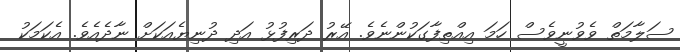
ސަލާމަތް ވެވުނީވެސް ހަމަ އިއްތިފާގަކުންނެވެ. އޭރު ދަރިފުޅު އަދި ދުނިޔެއަކަށް ނާދެއެވެ. އެކަމަކު